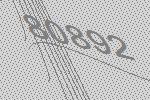
80892